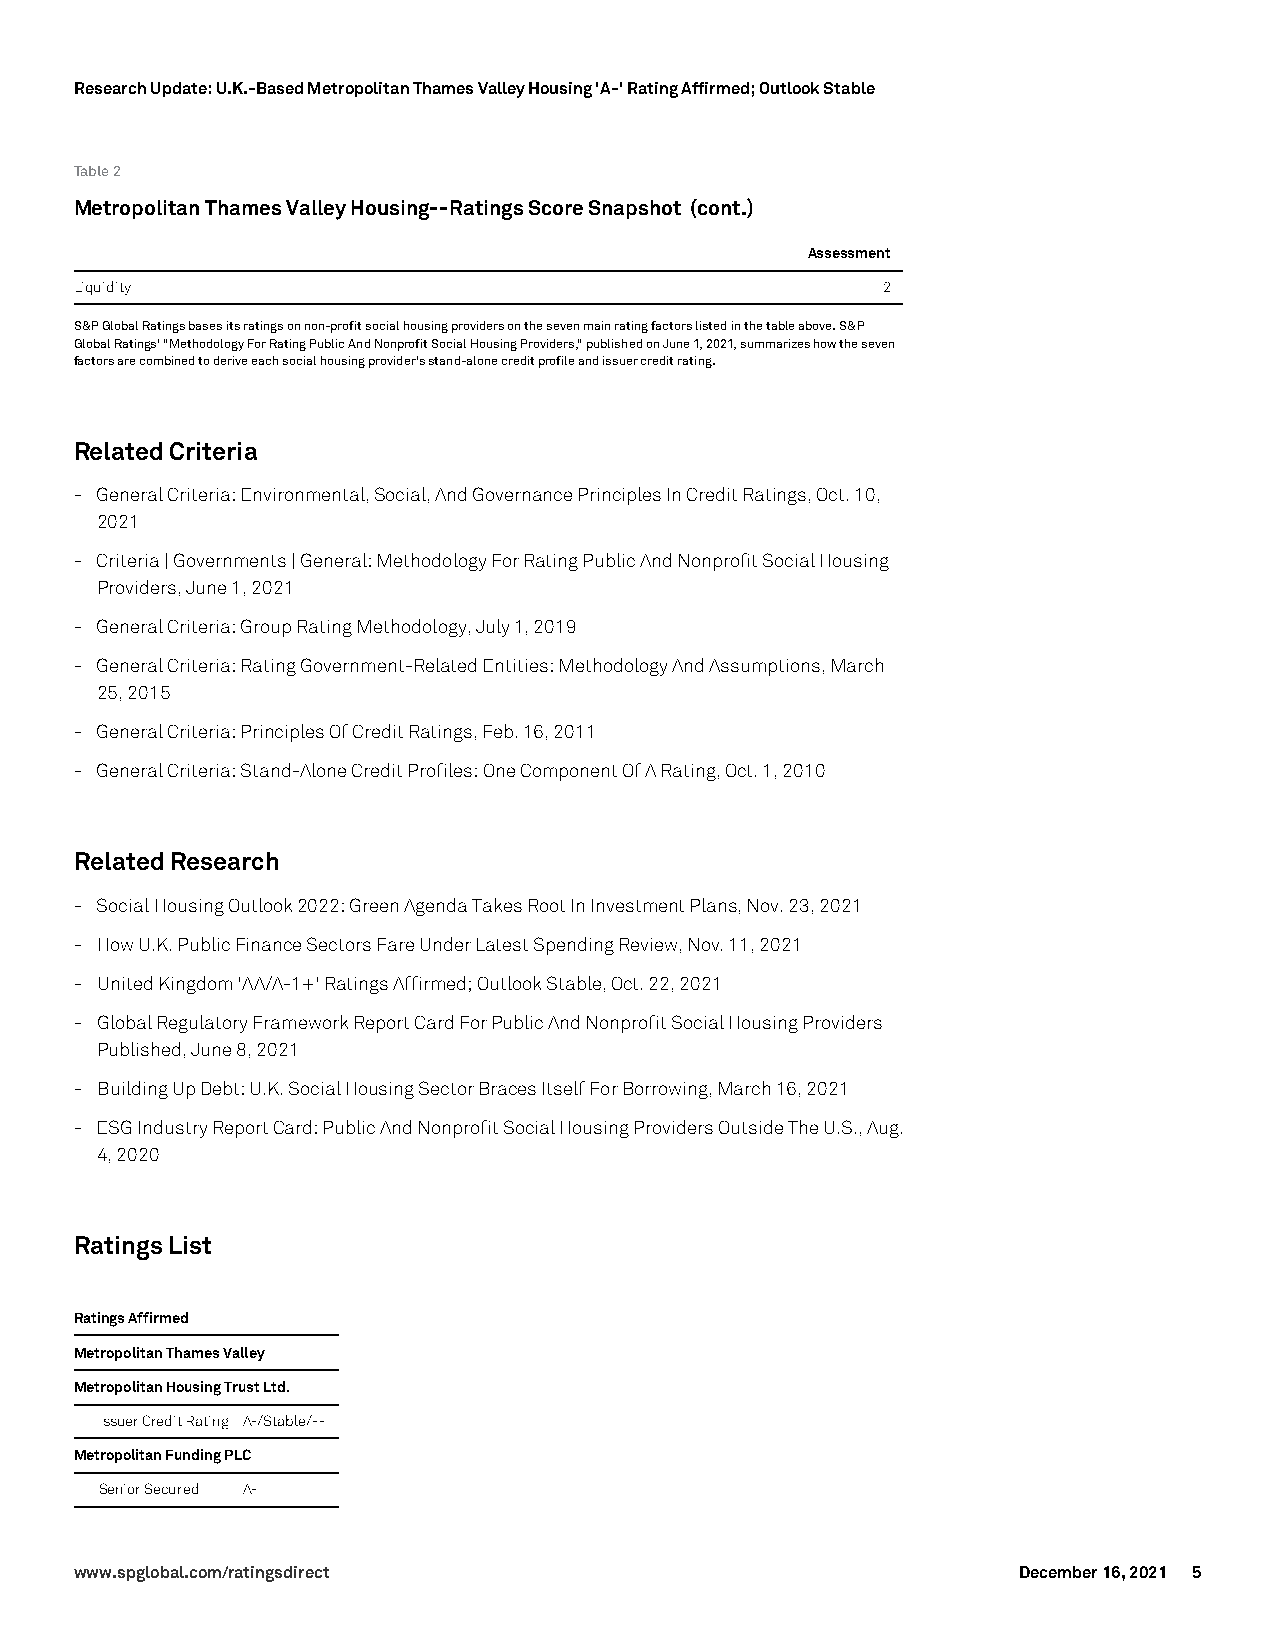
Research Update: U.K.-Based Metropolitan Thames Valley Housing 'A-' Rating Affirmed; Outlook Stable
 Table2
 MetropolitanThamesValleyHousing--RatingsScoreSnapshot (cont.)
 Assessment
 Liquidity                                            2
 S&PGlobalRatingsbasesitsratingsonnon-profitsocialhousingprovidersonthesevenmainratingfactorslistedinthetableabove.S&P
 GlobalRatings'"MethodologyForRatingPublicAndNonprofitSocialHousingProviders,"publishedonJune1,2021,summarizeshowtheseven
 factorsarecombinedtoderiveeachsocialhousingprovider'sstand-alonecreditprofileandissuercreditrating.
 RelatedCriteria
 - GeneralCriteria:Environmental,Social,AndGovernancePrinciplesInCreditRatings,Oct.10,
 2021
 - Criteria|Governments|General:MethodologyForRatingPublicAndNonprofitSocialHousing
 Providers,June1,2021
 - GeneralCriteria:GroupRatingMethodology,July1,2019
 - GeneralCriteria:RatingGovernment-RelatedEntities:MethodologyAndAssumptions,March
 25,2015
 - GeneralCriteria:PrinciplesOfCreditRatings,Feb.16,2011
 - GeneralCriteria:Stand-AloneCreditProfiles:OneComponentOfARating,Oct.1,2010
 RelatedResearch
 - SocialHousingOutlook2022:GreenAgendaTakesRootInInvestmentPlans,Nov.23,2021
 - HowU.K.PublicFinanceSectorsFareUnderLatestSpendingReview,Nov.11,2021
 - UnitedKingdom'AA/A-1+'RatingsAffirmed;OutlookStable,Oct.22,2021
 - GlobalRegulatoryFrameworkReportCardForPublicAndNonprofitSocialHousingProviders
 Published,June8,2021
 - BuildingUpDebt:U.K.SocialHousingSectorBracesItselfForBorrowing,March16,2021
 - ESGIndustryReportCard:PublicAndNonprofitSocialHousingProvidersOutsideTheU.S.,Aug.
 4,2020
 RatingsList
 RatingsAffirmed
 MetropolitanThamesValley
 MetropolitanHousingTrustLtd.
 IssuerCreditRating A-/Stable/--
 MetropolitanFundingPLC
 SeniorSecured A-
 www.spglobal.com/ratingsdirect                                December 16, 2021 5